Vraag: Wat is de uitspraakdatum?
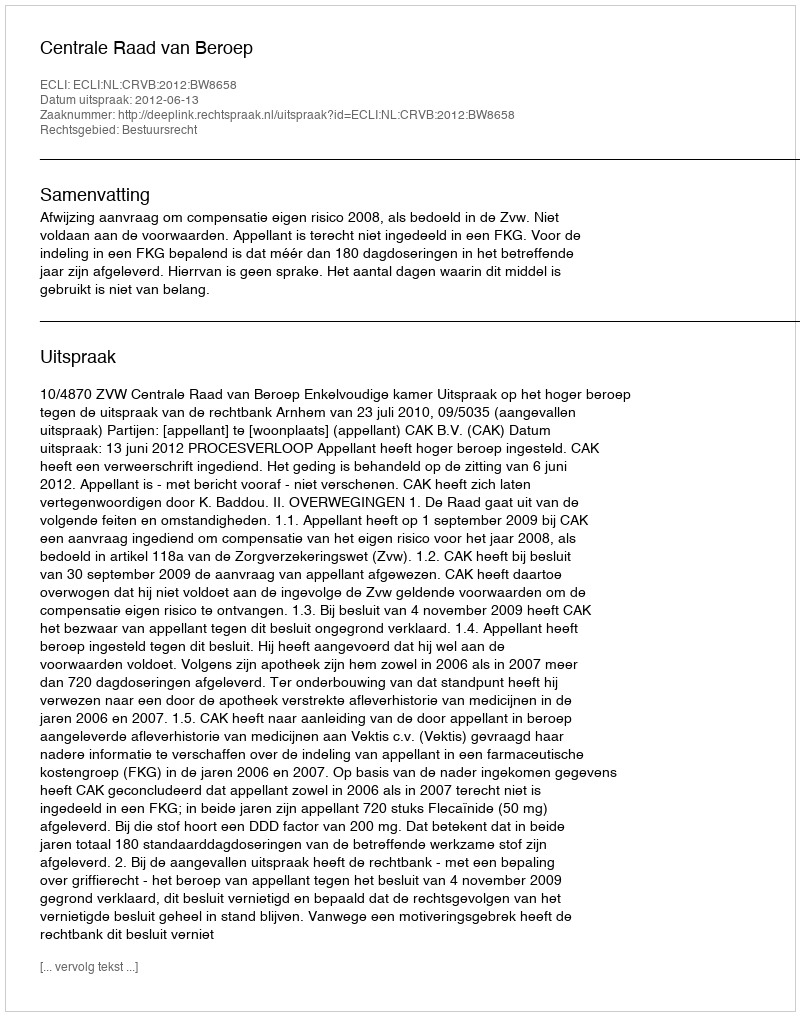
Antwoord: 2012-06-13